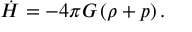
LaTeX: \dot { H } = - 4 \pi G \left( \rho + p \right) .